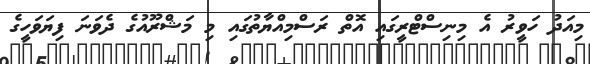
މިއަދު ހަވީރު އެ މިނިސްޓްރީގައި އޮތް ރަސްމިއްޔާތުގައި މި މަޝްރޫއުގެ ދެވަނަ ފިޔަވަހީގެ